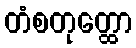
တံစတုတ္ထော